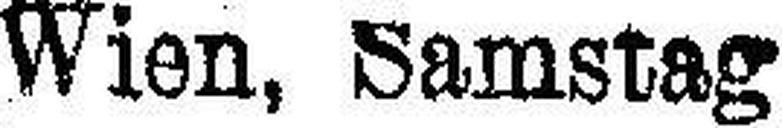
Wien, Samstag